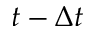
t - \Delta t